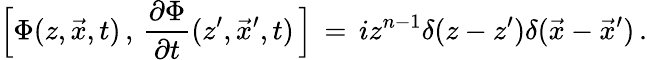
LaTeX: \Big[\Phi(z,\vec{x},t)\, ,\, {\frac{\partial\Phi}{\partial t}}(z^{\prime},\vec{x}^{\prime},t)\, \Big]\, =\, iz^{n-1}\delta(z-z^{\prime})\delta(\vec{x}-{\vec{x}}^{\prime})\, .